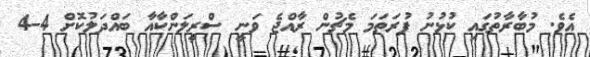
އެވެ. މުބާރާތުގައި ކުޅުނު ފުރަތަމަ މެޗުން ރާއްޖެ ވަނީ ސްރީލަންކާއާ ބައްދަލުކޮށް 4-4